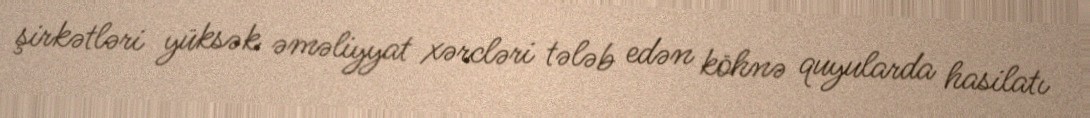
şirkətləri yüksək əməliyyat xərcləri tələb edən köhnə quyularda hasilatı